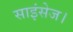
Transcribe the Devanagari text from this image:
साइंसेज।